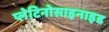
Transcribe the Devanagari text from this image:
प्लेटिनोसाइनाइड